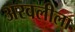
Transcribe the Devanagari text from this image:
अरवलीला